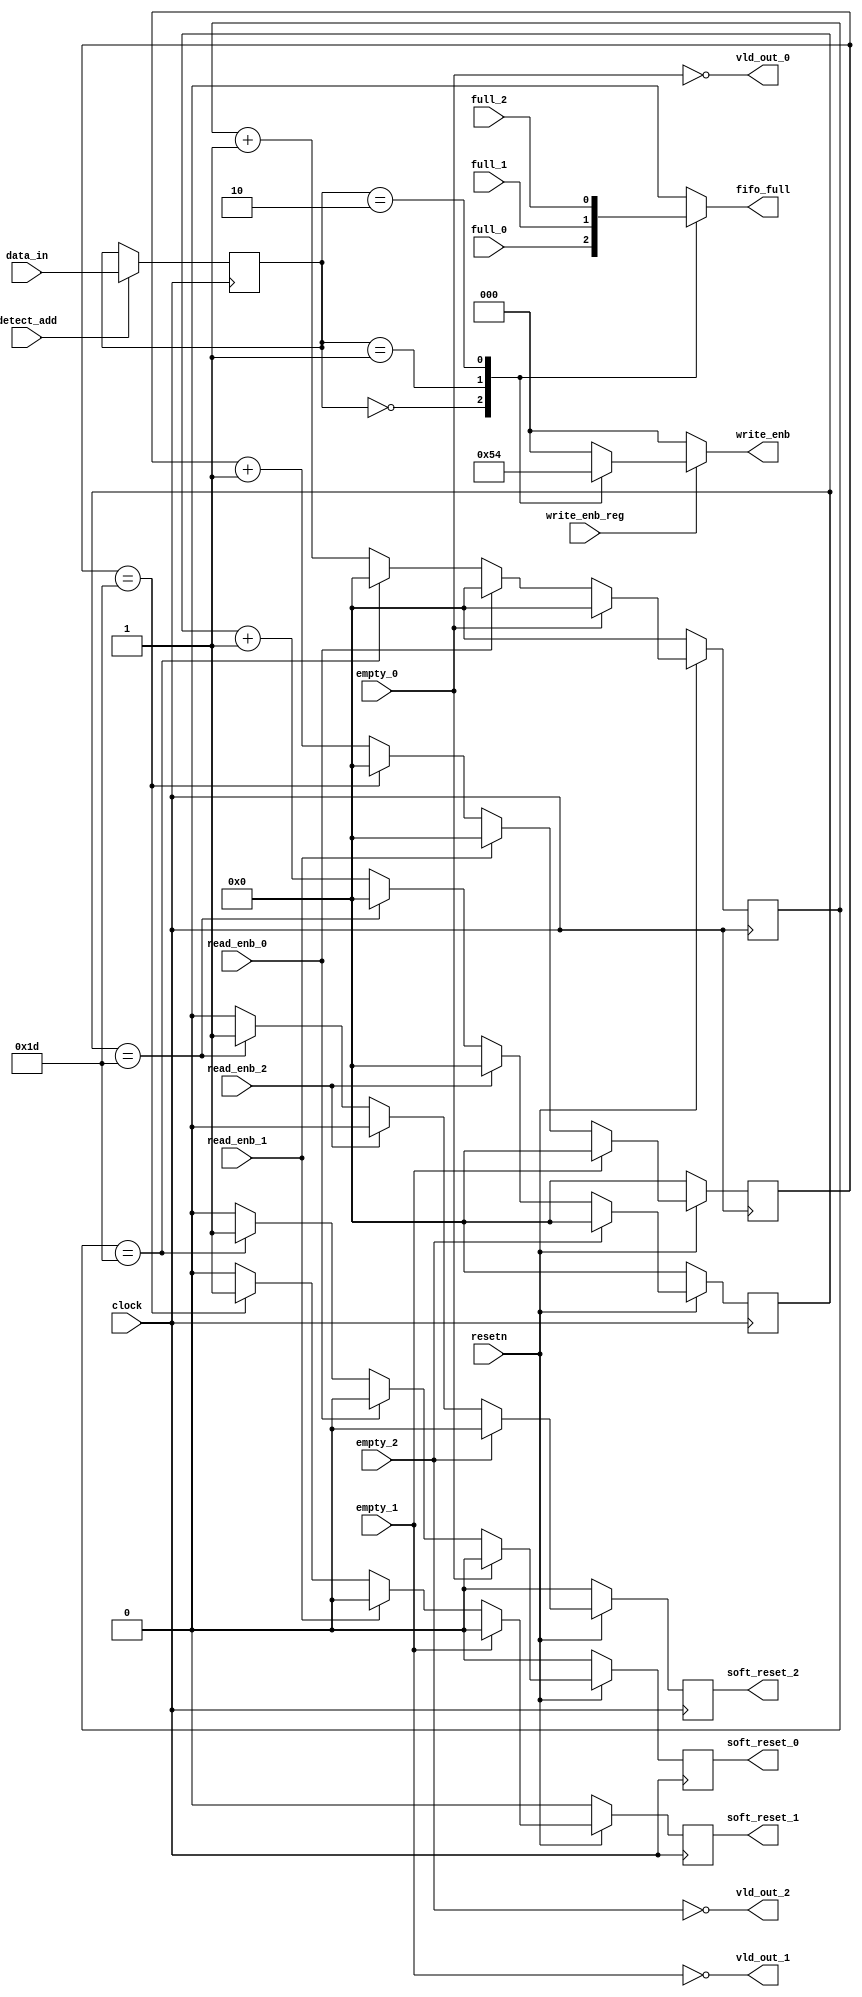
module router_sync(input       clock,
                   input       resetn,
                   input       detect_add,
                   input [1:0] data_in,
                   input       write_enb_reg,
                   input       empty_0,
                   input       empty_1,
                   input       empty_2,
                   input       full_0,
                   input       full_1,
                   input       full_2,
                   input       read_enb_0,read_enb_1,read_enb_2,
                   output reg [2:0] write_enb,
                   output reg  fifo_full,
                   output      vld_out_0,
                   output      vld_out_1,
                   output      vld_out_2,
                   output reg soft_reset_0,soft_reset_1,soft_reset_2);

   //Internal registers
   reg  [1:0] addr;
   reg  [4:0] count_read_0;
   reg  [4:0] count_read_1;
   reg  [4:0] count_read_2;

   //Address logic
   always@(posedge clock)
      if(detect_add)
         addr <= data_in;
 //Write_enable logic
   always@(*)
      begin
         if(~write_enb_reg)
             write_enb = 0;
         else
            begin
               case(addr)
                  2'b00   : write_enb = 3'b001;
                  2'b01   : write_enb = 3'b010;
                  2'b10   : write_enb = 3'b100;
                  default : write_enb = 0;
               endcase
            end
       end

   //Output data will be valid at channels when vld_out will be high
   assign vld_out_0 = ~empty_0;
   assign vld_out_1 = ~empty_1;
   assign vld_out_2 = ~empty_2;
 //Soft_reset0 logic
   always@(posedge clock)
      begin
         if(~resetn)
            begin
               count_read_0 <= 0;
               soft_reset_0 <= 0;
            end
         else if(~vld_out_0)
            begin
               count_read_0 <=0;
               soft_reset_0 <= 0;
            end
         else if(read_enb_0)
            begin
               count_read_0 <= 0;
               soft_reset_0 <= 0;
            end
         else
            begin
               if(count_read_0 == 29)
                  begin
                     count_read_0 <= 0;
                     soft_reset_0 <= 1;
                  end
               else
                  begin
                     count_read_0 <=count_read_0 + 1;
                     soft_reset_0 <= 0;
                  end
            end
 end

   //Soft_reset1 logic
   always@(posedge clock)
      begin
         if(~resetn)
            begin
               count_read_1 <= 0;
               soft_reset_1 <= 0;
            end
         else if(~vld_out_1)
            begin
               count_read_1 <=0;
               soft_reset_1 <= 0;
             end
         else if(read_enb_1)
            begin
               count_read_1 <= 0;
               soft_reset_1 <= 0;
            end
         else
            begin
               if(count_read_1 == 29)
                  begin
                      count_read_1 <= 0;
                      soft_reset_1 <= 1;
                  end
               else
                  begin
                     count_read_1 <=count_read_1 + 1;
                     soft_reset_1 <= 0;
                  end
            end
      end
 //Soft_reset2 logic
   always@(posedge clock)
      begin
         if(~resetn)
            begin
               count_read_2 <= 0;
               soft_reset_2 <= 0;
            end
         else if(~vld_out_2)
            begin
               count_read_2 <=0;
               soft_reset_2 <= 0;
            end
         else if(read_enb_2)
            begin
               count_read_2 <= 0;
               soft_reset_2 <= 0;
            end
         else
            begin
               if(count_read_2 == 29)
                  begin
                     count_read_2 <= 0;
                     soft_reset_2 <= 1;
                  end
               else
                  begin
                     count_read_2 <=count_read_2 + 1;
                     soft_reset_2 <= 0;
                  end
            end
      end
 //FIFO full logic
   always@(*)
      begin
         case(addr)
            2'b00   :fifo_full = full_0;
            2'b01   :fifo_full = full_1;
            2'b10   :fifo_full = full_2;
            default :fifo_full = 1'b0;
         endcase
      end


endmodule